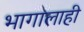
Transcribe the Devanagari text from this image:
भागालाही